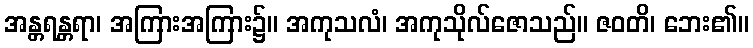
အန္တရန္တရာ၊ အကြားအကြား၌။ အကုသလံ၊ အကုသိုလ်ဇောသည်။ ဇဝတိ၊ ဘေး၏။